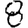
Digit: 8